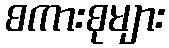
စကားစုများ